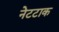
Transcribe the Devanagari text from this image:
नेटटाक